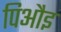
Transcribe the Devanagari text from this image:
पिऔइ